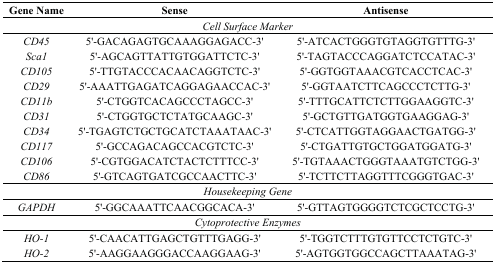
<table><thead><tr><td><b>Gene Name</b></td><td><b>Sense</b></td><td><b>Antisense</b></td></tr></thead><tbody><tr><td colspan="3"><i>Cell Surface Marker</i></td></tr><tr><td><i>CD45</i></td><td>5&#x27;-GACAGAGTGCAAAGGAGACC-3&#x27;</td><td>5&#x27;-ATCACTGGGTGTAGGTGTTTG-3&#x27;</td></tr><tr><td><i>Sca1</i></td><td>5&#x27;-AGCAGTTATTGTGGATTCTC-3&#x27;</td><td>5&#x27;-TAGTACCCAGGATCTCCATAC-3&#x27;</td></tr><tr><td><i>CD105</i></td><td>5&#x27;-TTGTACCCACAACAGGTCTC-3&#x27;</td><td>5&#x27;-GGTGGTAAACGTCACCTCAC-3&#x27;</td></tr><tr><td><i>CD29</i></td><td>5&#x27;-AAATTGAGATCAGGAGAACCAC-3&#x27;</td><td>5&#x27;-GGTAATCTTCAGCCCTCTTG-3&#x27;</td></tr><tr><td><i>CD11b</i></td><td>5&#x27;-CTGGTCACAGCCCTAGCC-3&#x27;</td><td>5&#x27;-TTTGCATTCTCTTGGAAGGTC-3&#x27;</td></tr><tr><td><i>CD31</i></td><td>5&#x27;-CTGGTGCTCTATGCAAGC-3&#x27;</td><td>5&#x27;-GCTGTTGATGGTGAAGGAG-3&#x27;</td></tr><tr><td><i>CD34</i></td><td>5&#x27;-TGAGTCTGCTGCATCTAAATAAC-3&#x27;</td><td>5&#x27;-CTCATTGGTAGGAACTGATGG-3&#x27;</td></tr><tr><td><i>CD117</i></td><td>5&#x27;-GCCAGACAGCCACGTCTC-3&#x27;</td><td>5&#x27;-CTGATTGTGCTGGATGGATG-3&#x27;</td></tr><tr><td><i>CD106</i></td><td>5&#x27;-CGTGGACATCTACTCTTTCC-3&#x27;</td><td>5&#x27;-TGTAAACTGGGTAAATGTCTGG-3&#x27;</td></tr><tr><td><i>CD86</i></td><td>5&#x27;-GTCAGTGATCGCCAACTTC-3&#x27;</td><td>5&#x27;-TCTTCTTAGGTTTCGGGTGAC-3&#x27;</td></tr><tr><td colspan="3"><i>Housekeeping Gene</i></td></tr><tr><td><i>GAPDH</i></td><td>5&#x27;-GGCAAATTCAACGGCACA-3&#x27;</td><td>5&#x27;-GTTAGTGGGGTCTCGCTCCTG-3&#x27;</td></tr><tr><td colspan="3"><i>Cytoprotective Enzymes</i></td></tr><tr><td><i>HO-1</i></td><td>5&#x27;-CAACATTGAGCTGTTTGAGG-3&#x27;</td><td>5&#x27;-TGGTCTTTGTGTTCCTCTGTC-3&#x27;</td></tr><tr><td><i>HO-2</i></td><td>5&#x27;-AAGGAAGGGACCAAGGAAG-3&#x27;</td><td>5&#x27;-AGTGGTGGCCAGCTTAAATAG-3&#x27;</td></tr></tbody></table>